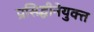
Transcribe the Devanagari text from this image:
प्रसिद्धीनेयुक्त